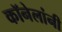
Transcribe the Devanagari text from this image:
कॉनेलांनी